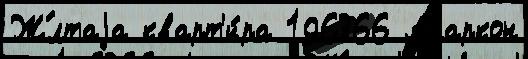
Ж́лтаjа кварт'и́ра 196366 Аларкон